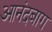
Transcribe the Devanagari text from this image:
आनंदबाग